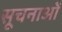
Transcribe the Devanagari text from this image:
सूचनाओें